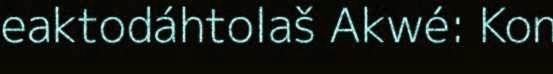
eaktodáhtolaš Akwé: Kon